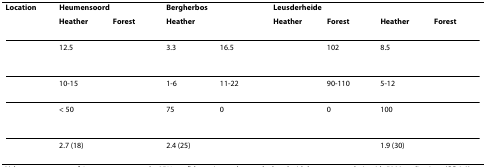
<table><thead><tr><td><b>Location</b></td><td colspan="2"><b>Heumensoord</b></td><td colspan="2"><b>Bergherbos</b></td><td colspan="2"><b>Leusderheide</b></td><td colspan="2">[EMPTY_CELL]</td></tr><tr><td>[EMPTY_CELL]</td><td><b>Heather</b></td><td><b>Forest</b></td><td><b>Heather</b></td><td>[EMPTY_CELL]</td><td><b>Heather</b></td><td><b>Forest</b></td><td><b>Heather</b></td><td><b>Forest</b></td></tr></thead><tbody><tr><td>[EMPTY_CELL]</td><td>12.5</td><td>[EMPTY_CELL]</td><td>3.3</td><td>16.5</td><td>[EMPTY_CELL]</td><td>102</td><td>8.5</td><td>[EMPTY_CELL]</td></tr><tr><td>[EMPTY_CELL]</td><td>10-15</td><td>[EMPTY_CELL]</td><td>1-6</td><td>11-22</td><td>[EMPTY_CELL]</td><td>90-110</td><td>5-12</td><td>[EMPTY_CELL]</td></tr><tr><td>[EMPTY_CELL]</td><td>&lt; 50</td><td>[EMPTY_CELL]</td><td>75</td><td>0</td><td>[EMPTY_CELL]</td><td>0</td><td>100</td><td>[EMPTY_CELL]</td></tr><tr><td>[EMPTY_CELL]</td><td>2.7 (18)</td><td>[EMPTY_CELL]</td><td>2.4 (25)</td><td>[EMPTY_CELL]</td><td>[EMPTY_CELL]</td><td>[EMPTY_CELL]</td><td>1.9 (30)</td><td>[EMPTY_CELL]</td></tr></tbody></table>